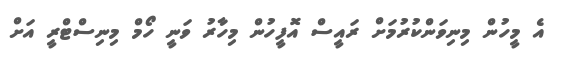
އެ މީހުން މިނިވަންކުރުމަށް ރައީސް އޮފީހުން މިހާރު ވަނީ ހޯމް މިނިސްޓްރީ އަށް